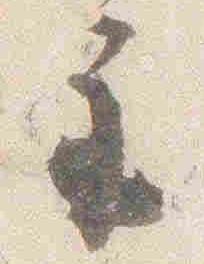
示